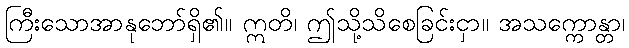
ကြီးသောအာနုဘော်ရှိ၏။ ဣတိ၊ ဤသို့သိစေခြင်းငှာ။ အသက္ကောန္တာ၊